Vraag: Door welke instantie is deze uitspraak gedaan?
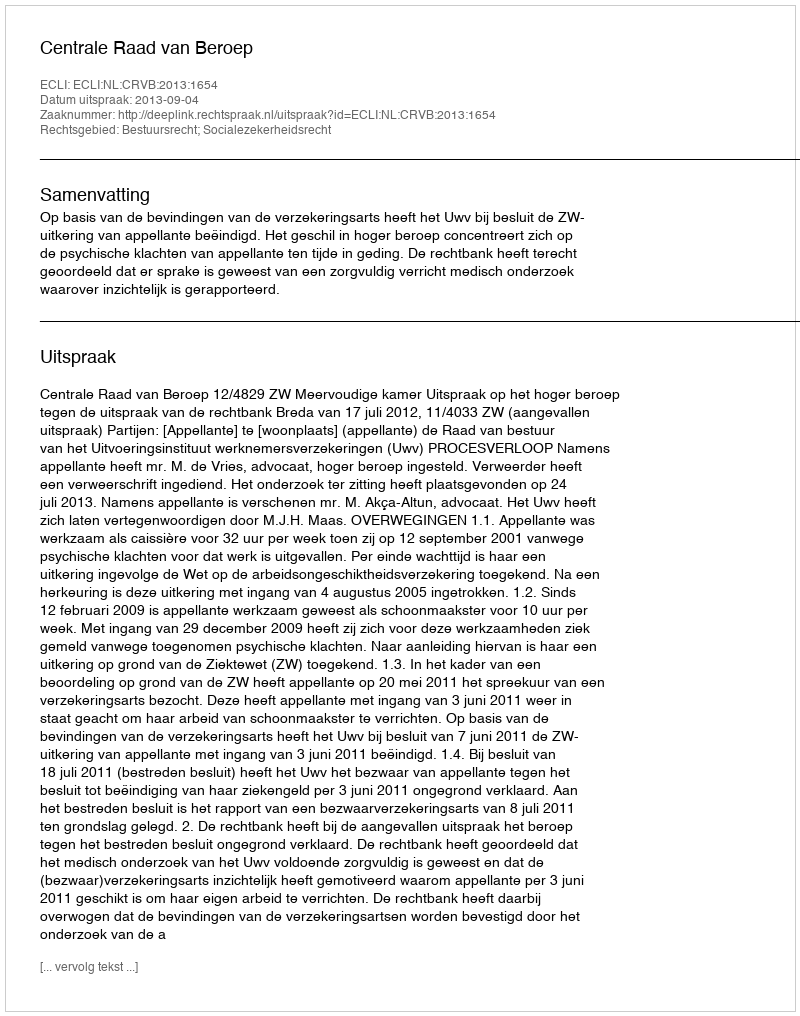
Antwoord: Centrale Raad van Beroep